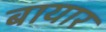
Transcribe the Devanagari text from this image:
बायार